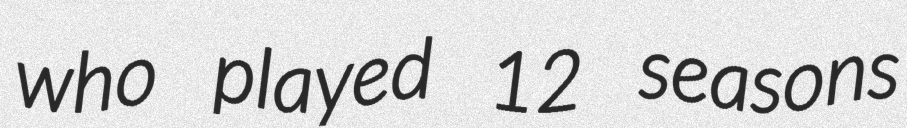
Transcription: who played 12 seasons